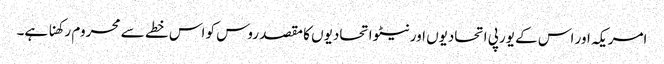
امریکہ اور اس کے یورپی اتحادیوں اور نیٹو اتحادیوں کا مقصد روس کو اس خطے سے محروم رکھنا ہے۔